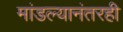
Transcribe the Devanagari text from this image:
मांडल्यानंतरही